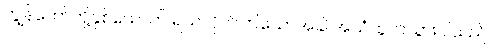
ကျွန်တော်တို့နှစ်ယောက် ရယ်လိုက်ကြသောအခါ အသံထွက်သွားပါသည်။